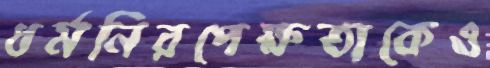
ধর্মনিরপেক্ষতাকেও